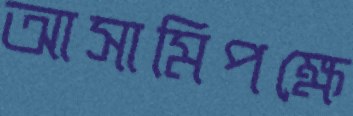
আসামিপক্ষে